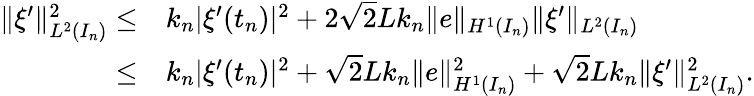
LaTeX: \begin{array}{r}{\begin{array}{rl}{\| \xi^{\prime}\| _{L^{2}(I_{n})}^{2}\leq}&{k_{n}|\xi^{\prime}(t_{n})|^{2}+2\sqrt{2}Lk_{n}\| e\| _{H^{1}(I_{n})}\| \xi^{\prime}\| _{L^{2}(I_{n})}}\\ {\leq}&{k_{n}|\xi^{\prime}(t_{n})|^{2}+\sqrt{2}Lk_{n}\| e\| _{H^{1}(I_{n})}^{2}+\sqrt{2}Lk_{n}\| \xi^{\prime}\| _{L^{2}(I_{n})}^{2}.}\end{array}}\end{array}